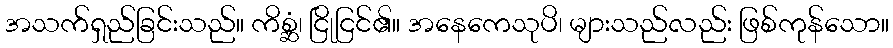
အသက်ရှည်ခြင်းသည်။ ကိစ္ဆံ၊ ငြိုငြင်၏။ အနေကေသုပိ၊ များသည်လည်း ဖြစ်ကုန်သော။